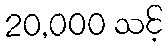
20,000 သင့်